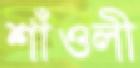
শাঁওলী